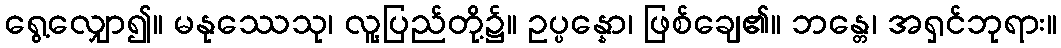
ရွေ့လျှော၍။ မနုဿေသု၊ လူ့ပြည်တို့၌။ ဥပ္ပန္နော၊ ဖြစ်ချေ၏။ ဘန္တေ၊ အရှင်ဘုရား။